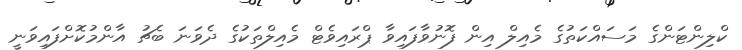
ކްލިންޓަންގެ މަސައްކަތުގެ މެއިލް އިން ފޮނުވާފައިވާ ޕްރައިވެޓް މެއިލްތަކުގެ ދެވަނަ ބެޗު އާންމުކޮށްފައިވަނީ